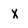
Character: x